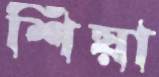
শিয়া